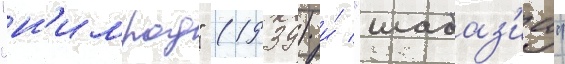
"н'имрод" (1939) и́ "шабаз'иа"